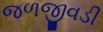
જળજીવડી